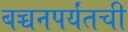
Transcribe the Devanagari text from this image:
बच्चनपर्यंतची